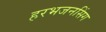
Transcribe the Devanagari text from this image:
हरभजनसिंग